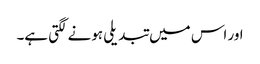
اور اس میں تبدیلی ہونے لگتی ہے۔